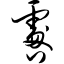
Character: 咎